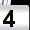
Digit: 4